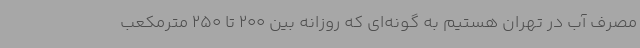
مصرف آب در تهران هستیم به گونه‌ای که روزانه بین 200 تا 250 مترمکعب